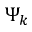
\Psi _ { k }